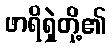
ဖာရိရှဲတို့၏